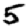
Digit: 5